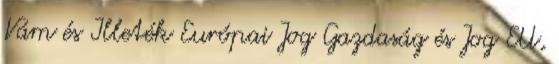
Vám és Illeték Európai Jog Gazdaság és Jog EU,